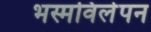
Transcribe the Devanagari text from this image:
भस्मविलेपन